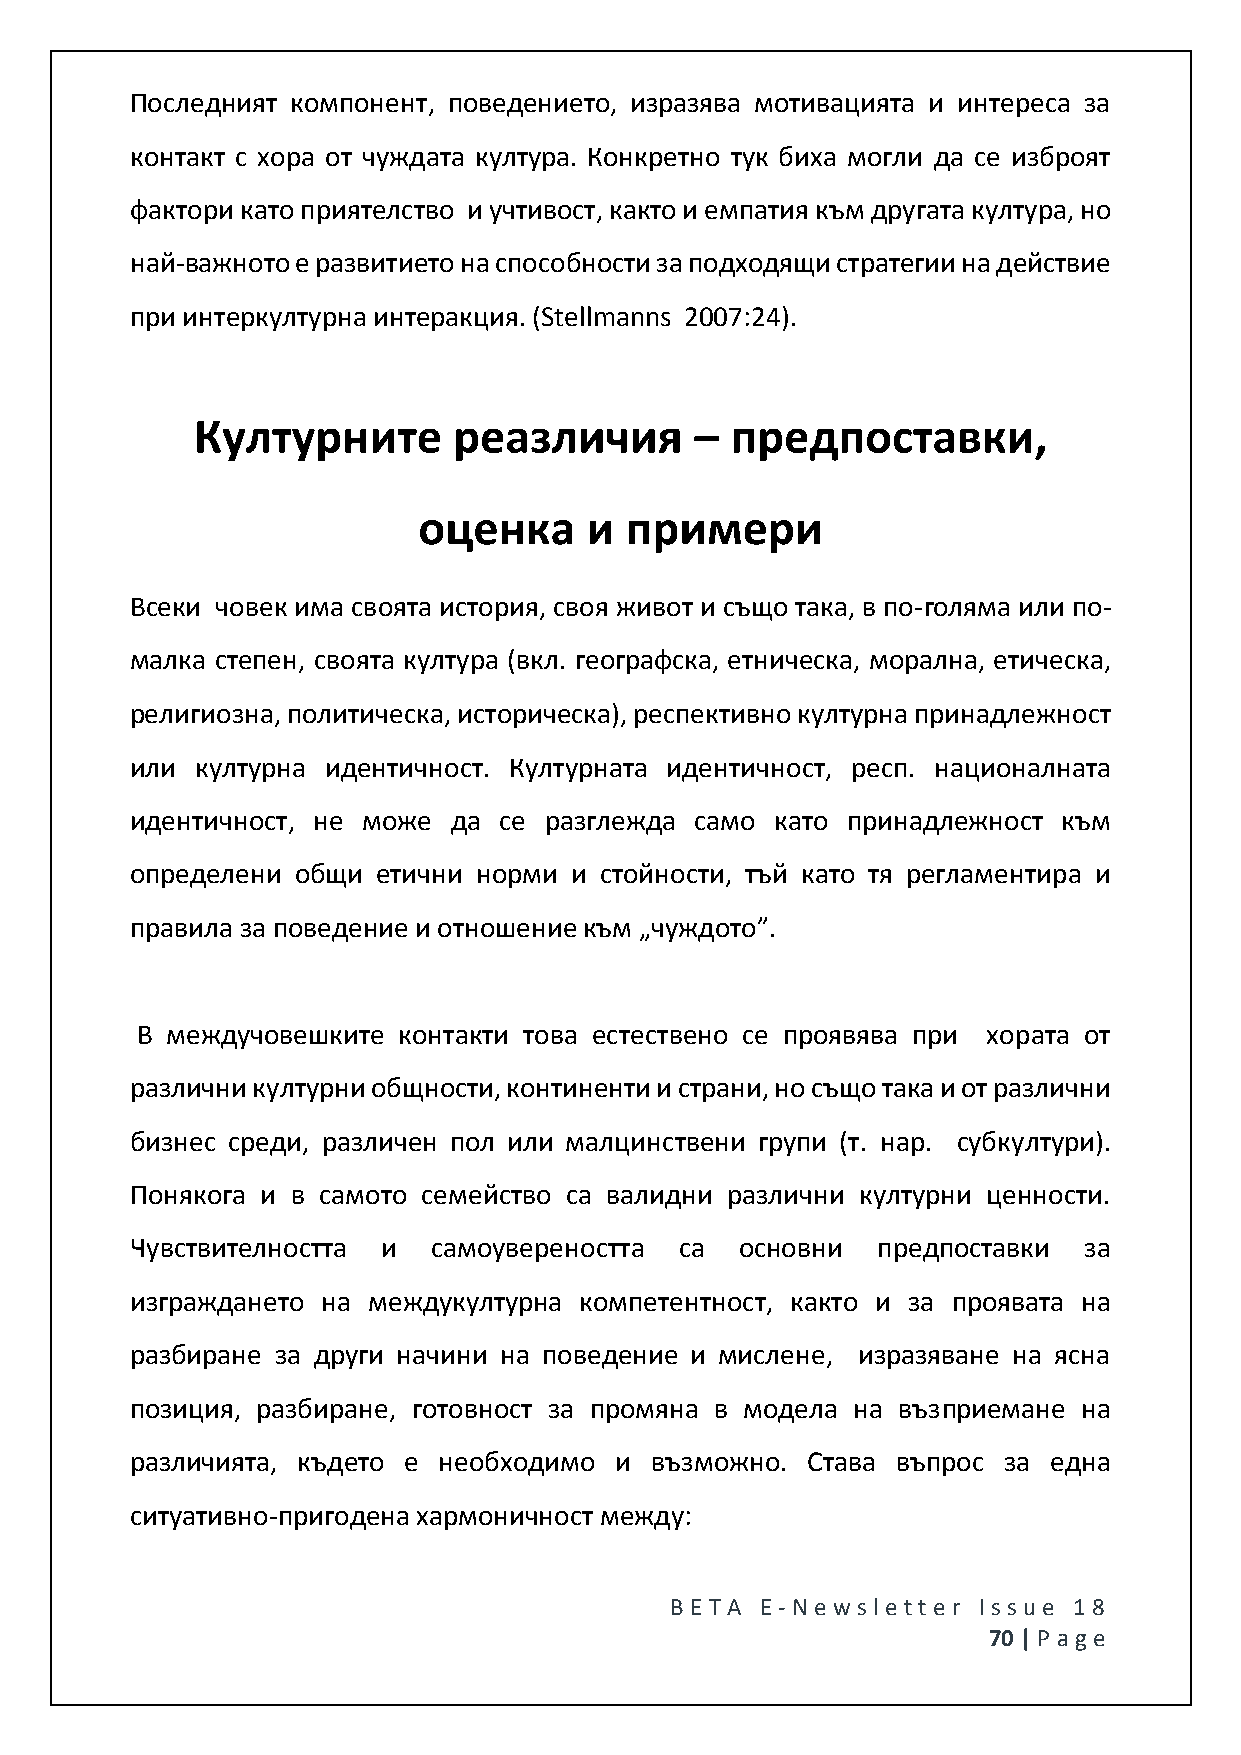
Последният компонент, поведението, изразява мотивацията и интереса за
 контакт с хора от чуждата култура. Конкретно тук биха могли да се изброят
 фактори като приятелство и учтивост, както и емпатия към другата култура, но
 най-важното е развитието на способности за подходящи стратегии на действие
 при интеркултурна интеракция. (Stellmanns 2007:24).
 Културните       реазличия       – предпоставки,
 оценка     и примери
 Всеки човек има своята история, своя живот и също така, в по-голяма или по-
 малка степен, своята култура (вкл. географска, етническа, морална, етическа,
 религиозна, политическа, историческа), респективно културна принадлежност
 или културна идентичност. Културната идентичност, респ. националната
 идентичност, не може да се разглежда само като принадлежност към
 определени общи етични норми и стойности, тъй като тя регламентира и
 правила за поведение и отношение към „чуждото”.
 В междучовешките контакти това естествено се проявява при хората от
 различни културни общности, континенти и страни, но също така и от различни
 бизнес среди, различен пол или малцинствени групи (т. нар. субкултури).
 Понякога и в самото семейство са валидни различни културни ценности.
 Чувствителността и  самоувереността са  основни  предпоставки  за
 изграждането на междукултурна компетентност, както и за проявата на
 разбиране за други начини на поведение и мислене, изразяване на ясна
 позиция, разбиране, готовност за промяна в модела на възприемане на
 различията, където е необходимо и възможно. Става въпрос за една
 ситуативно-пригодена хармоничност между:
 BE T A E -N e wsle tt e r Issue 18
 70 | P age